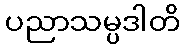
ပညာသမ္ပဒါတိ